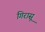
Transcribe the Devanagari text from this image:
गिरासू